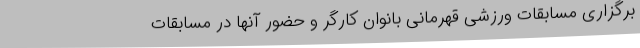
برگزاری مسابقات ورزشی قهرمانی بانوان کارگر و حضور آنها در مسابقات